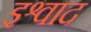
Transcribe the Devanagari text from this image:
इश्वाद